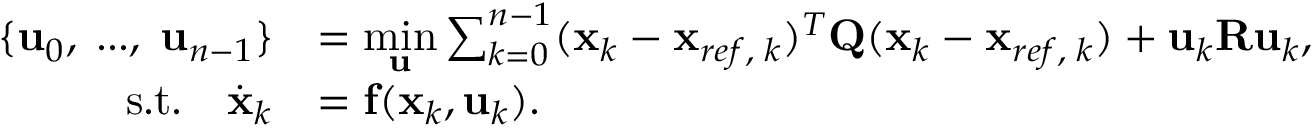
\begin{array} { r l } { \{ \mathbf { u } _ { 0 } , \; . . . , \; \mathbf { u } _ { n - 1 } \} } & { = \underset { \mathbf { u } } { \mathrm { m i n } } \sum _ { k = 0 } ^ { n - 1 } ( \mathbf { x } _ { k } - \mathbf { x } _ { r e f , \; k } ) ^ { T } \mathbf { Q } ( \mathbf { x } _ { k } - \mathbf { x } _ { r e f , \; k } ) + \mathbf { u } _ { k } \mathbf { R } \mathbf { u } _ { k } , } \\ { \mathrm { s . t . } \quad \dot { \mathbf { x } } _ { k } } & { = \mathbf { f } ( \mathbf { x } _ { k } , \mathbf { u } _ { k } ) . } \end{array}